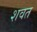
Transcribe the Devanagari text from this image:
शवत